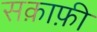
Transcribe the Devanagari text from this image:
सक़ाफ़ी